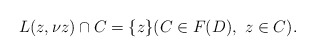
\begin{align*} L(z,\nu z) \cap C=\{z\} (C \in F(D),\ z \in C). \end{align*}